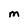
Character: M